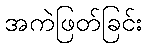
အကဲဖြတ်ခြင်း